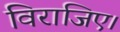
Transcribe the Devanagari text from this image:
विराजिए।